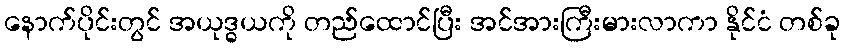
နောက်ပိုင်းတွင် အယုဒ္ဓယကို တည်ထောင်ပြီး အင်အားကြီးမားလာကာ နိုင်ငံ တစ်ခု